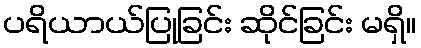
ပရိယာယ်ပြုခြင်း ဆိုင်ခြင်း မရှိ။